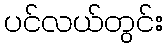
ပင်လယ်တွင်း